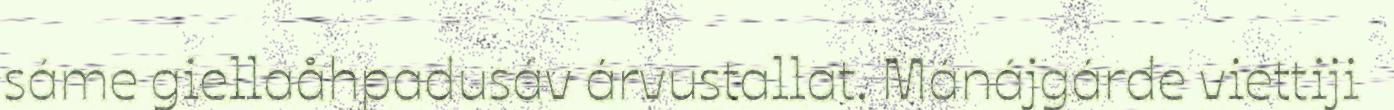
sáme giellaåhpadusáv árvustallat. Mánájgárde viettiji